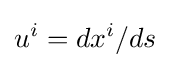
u^{i}=dx^{i}/ds